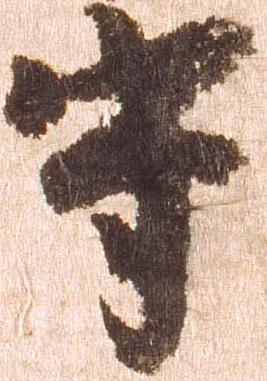
守